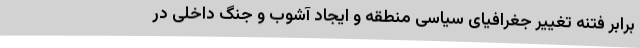
برابر فتنه تغییر جغرافیای سیاسی منطقه و ایجاد آشوب و جنگ داخلی در